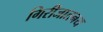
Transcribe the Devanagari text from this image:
गिरीजातनय